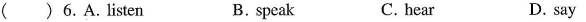
( )6.A.listen B.speak C.hear D.say